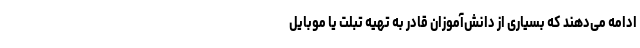
ادامه می‌دهند که بسیاری از دانش‌آموزان قادر به تهیه تبلت یا موبایل